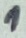
Text: 1